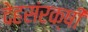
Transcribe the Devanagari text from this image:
देहसंरक्षी